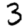
Digit: 3